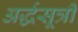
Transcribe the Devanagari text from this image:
अर्द्धसूत्री